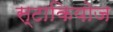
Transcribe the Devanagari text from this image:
स्टाकियोज